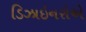
ડિઝાઇનરોએ